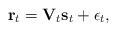
LaTeX: \begin{align*} \mathbf{r}_{t} = \mathbf{V}_{t} \mathbf{s}_{t}+\epsilon_{t},\end{align*}